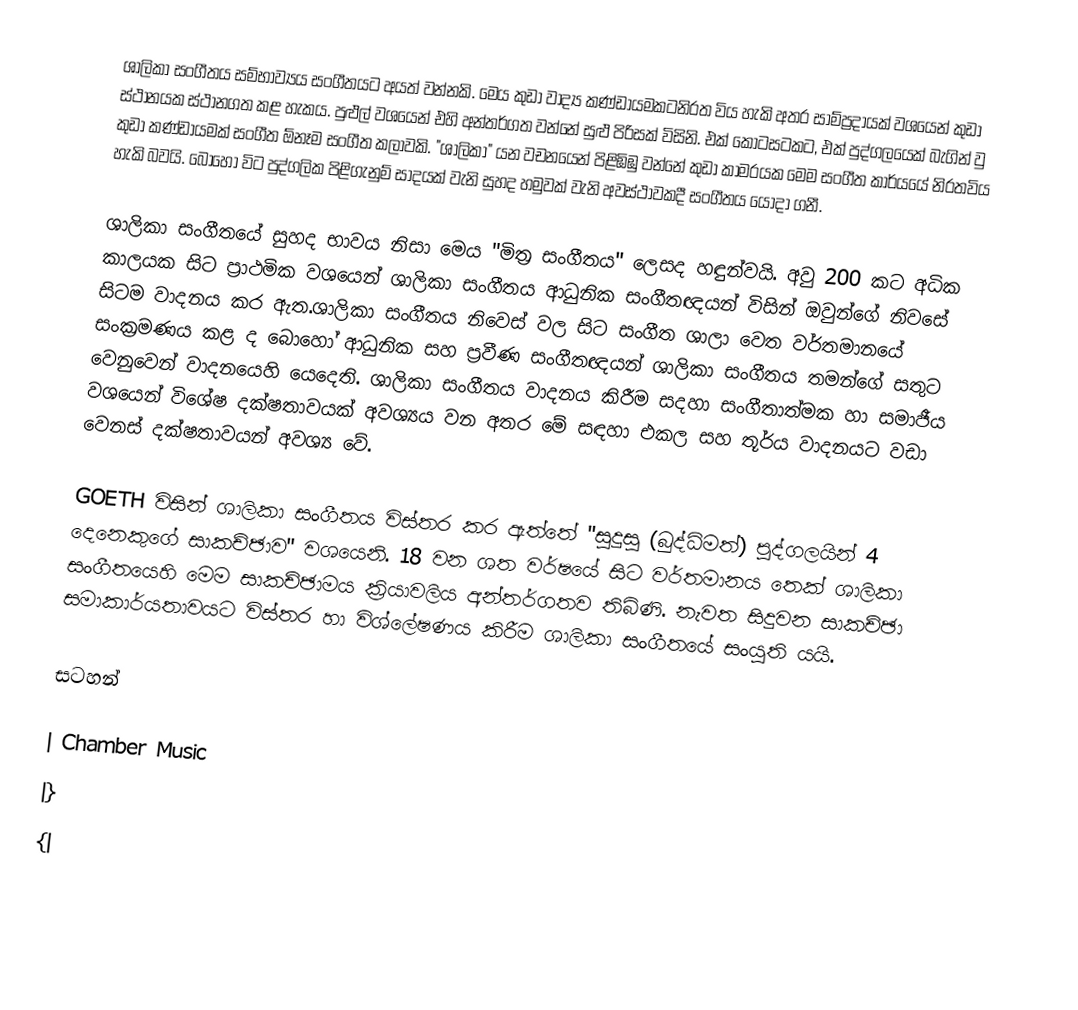
ශාලිකා සංගීතය සම්භාව්‍යය සංගීතයට අයත් වන්නකි. මෙය කුඩා වාද්‍ය කණ්ඩායමකටනිරත විය හැකි අතර සාම්ප්‍රදායක් වශයෙන් කුඩා ස්ථානයක ස්ථානගත කළ හැකය. පුළුල් වශයෙන් එහි අන්තර්ගත වන්නේ සුළු පිරිසක් විසිනි. එක් කොටසටක‍ට, එක් පුද්ගලයෙක් බැගින් වු කුඩා කණ්ඩායමක් සංගීත ඕනෑම සංගීත කලාවකි. "ශාලිකා" යන වචනයෙන් පිළිඹිඹු වන්නේ කුඩා කාමරයක මෙම සංගීත කාර්යයේ නිරතවිය හැකි බවයි. බොහෝ විට පුද්ගලික පිළිගැනුම් සාදයක් වැනි සුහද හමුවක් වැනි අවස්ථාවකදී සංගීතය යොදා ගනී.

ශාලිකා සංගීතයේ සුහද භාවය නිසා මෙය "මිත්‍ර සංගීතය" ලෙසද හඳුන්වයි. අවු 200 කට අධික කාලයක සිට ප්‍රාථමික වශයෙන් ශාලිකා සංගීතය ආධුනික සංගීතඥයන් විසින් ඔවුන්ගේ නිවසේ සිටම වාදනය කර ඇත.ශාලිකා සංගීතය නිවෙස් වල සිට සංගීත ශාලා වෙත වර්තමානයේ සංක්‍රමණය කළ ද බොහෝ ආධුනික සහ ප්‍රවීණ සංගීතඥයන් ශාලිකා සංගීතය තමන්ගේ සතුට වෙනුවෙන් වාදනයෙහි යෙදෙති. ශාලිකා සංගීතය වාදනය කිරීම සදහා සංගීතාත්මක හා සමාජීය වශයෙන් වි‍ශේෂ දක්ෂතාවයක් අවශ්‍යය වන අතර මේ සඳහා එකල සහ තූර්ය වාදනයට‍ වඩා වෙනස් දක්ෂතාවයන් අවශ්‍ය වේ.

GOETH විසින් ශාලිකා සංගීතය විස්තර කර ඇත්තේ "සුදුසු (බුද්ධිමත්) පුද්ගලයින් 4 දෙනෙකුගේ සාකච්ඡාව"  වශයෙනි. 18 වන ශත වර්ෂයේ සිට වර්තමානය තෙක් ශාලිකා සංගීතයෙහි මෙම සාකච්ඡාමය ක්‍රියාවලිය අන්තර්ගතව තිබිණි. නැවත සිදුවන සාකච්ඡා සමාකාර්යතාවයට විස්තර හා විශ්ලේෂණය කිරීම ශාලිකා සංගීතයේ සංයුති යයි.

සටහන්

| Chamber Music
|}
{|